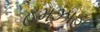
હમઝાહ